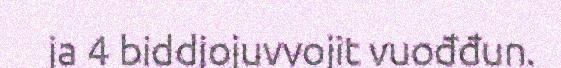
ja 4 biddjojuvvojit vuođđun.